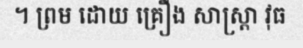
។ ព្រម ដោយ គ្រឿង សាស្ត្រា វុធ